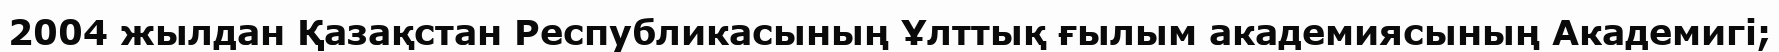
2004 жылдан Қазақстан Республикасының Ұлттық ғылым академиясының Академигі;